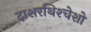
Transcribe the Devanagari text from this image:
दाशरथिश्‍चेशो